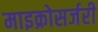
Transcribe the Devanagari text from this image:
माइक्रोसर्जरी